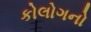
કોલોગનો